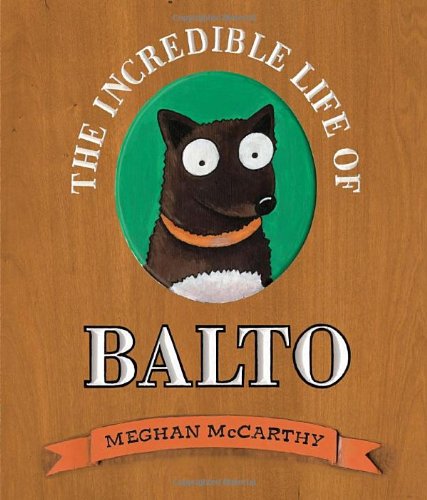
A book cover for The Incredible Life of Balto; Meghan McCarthy; Sports & Outdoors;